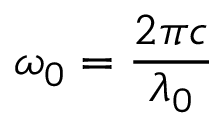
\omega _ { 0 } = \frac { 2 \pi c } { \lambda _ { 0 } }